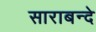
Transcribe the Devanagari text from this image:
साराबन्दे